Indian journal of veterinary science and animal husbandry - Volumes 22-23, 1952-1953
Year: 1952
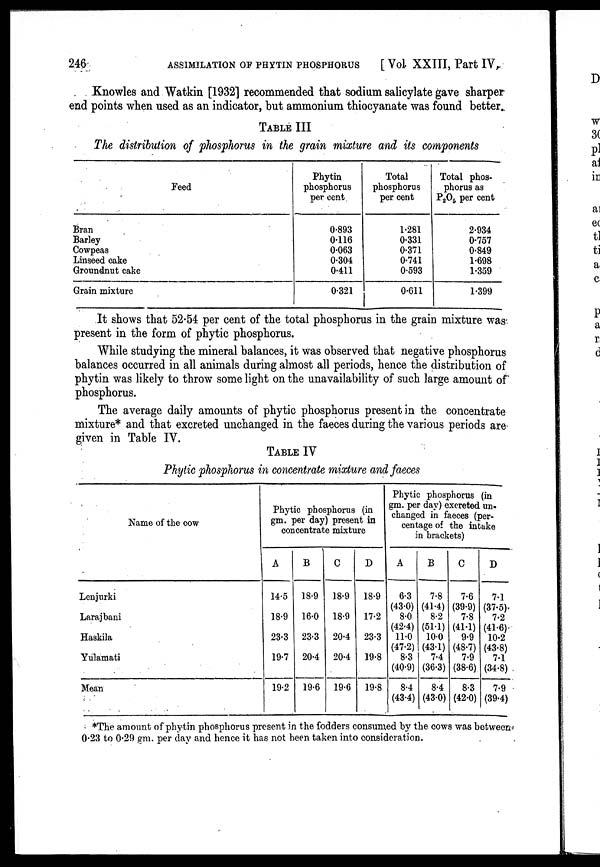
246
ASSIMILATION
OF
PHYTIN
PHOSPHORUS
[ Vol. XXIII, Part IV,
Knowles and Watkin [1932] recommended that sodium salicylate gave sharper
end points when used as an indicator, but ammonium thiocyanate was found better.
TABLE III
The distribution of phosphorus in the grain mixture and its components
Feed
Bran
Barley
Cowpeas
Linseed cake
Groundnut cake
Grain mixture
Phytin
phosphorus
per cent
0.893
0.116
0.063
0.304
0.411
0.321
Total
phosphorus
per cent
1.281
0.331
0.371
0.741
0.593
0.611
Total phos-
phorus as
P 2 O 5 per cent
2.934
0.757
0.849
1.698
1.359
1.399
It shows that 52.54 per cent of the total phosphorus in the grain mixture was
present in the form of phytic phosphorus.
While studying the mineral balances, it was observed that negative phosphorus
balances occurred in all animals during almost all periods, hence the distribution of
phytin was likely to throw some light on the unavailability of such large amount of
phosphorus.
The average daily amounts of phytic phosphorus present in the concentrate
mixture* and that excreted unchanged in the faeces during the various periods are
given in Table IV.
TABLE IV
Phytic phosphorus in concentrate mixture and faeces
Name of the cow
Lenjurki
Larajbani
Haskila
Yulamati
Mean
Phytic phosphorus (in
gm. per day) present in
concentrate mixture
A
14.5
18.9
23.3
19.7
19.2
B
18.9
16.0
23.3
20.4
19.6
C
18.9
18.9
20.4
20.4
19.6
D
18.9
17.2
23.3
19.8
19.8
Phytic phosphorus (in
gm. per day) excreted un-
changed in faeces (per-
centage of the intake
in brackets)
A
6.3
(43.0)
8.0
(42.4)
11.0
(47.2)
8.3
(40.9)
8.4
(43.4)
B
7.8
(41.4)
8.2
(51.1)
10.0
(43.1)
7.4
(36.3)
8.4
(43.0)
C
7.6
(39.9)
7.8
(41.1)
9.9
(48.7)
7.9
(38.6)
8.3
(42.0)
D
7.1
(37.5)
7.2
(41.6)
10.2
(43.8)
7.1
(34.8)
7.9
(39.4)
*The amount of phytin phosphorus present in the fodders consumed by the cows was between
0.23 to 0.29 gm. per day and hence it has not been taken into consideration.